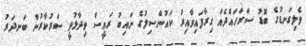
ވެލިގަނޑުގެ ބޮޑު ސަރަހައްދެއް ގިރާފައިވާއިރު ކައުންސިލުގެ ނައިބު ރައީސް ވިދާޅުވީ ސަރުކާރުން ބަނދަރު